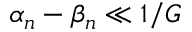
\alpha _ { n } - \beta _ { n } \ll 1 / G